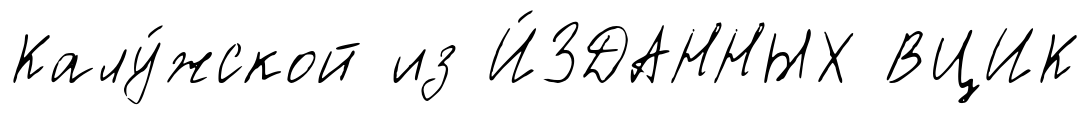
Калу́жской из И́ЗДАННЫХ ВЦИК